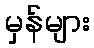
မှန်များ